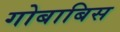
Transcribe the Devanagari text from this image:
गोबाबिस